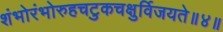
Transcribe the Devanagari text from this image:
शंभोरंभोरुहचटुकचक्षुर्विजयते॥४॥